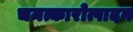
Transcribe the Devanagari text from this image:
चमत्कारोत्पादन